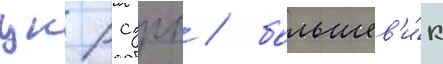
цк рсдрп / большев'и́к